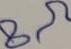
Text: 8Ω